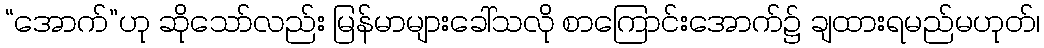
“အောက်”ဟု ဆိုသော်လည်း မြန်မာများခေါ်သလို စာကြောင်းအောက်၌ ချထားရမည်မဟုတ်၊